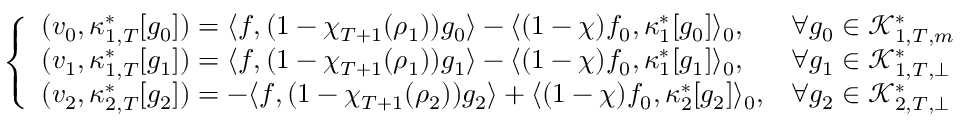
\left\{ \begin{array} { l l } { ( v _ { 0 } , \kappa _ { 1 , T } ^ { * } [ g _ { 0 } ] ) = \langle f , ( 1 - \chi _ { T + 1 } ( \rho _ { 1 } ) ) g _ { 0 } \rangle - \langle ( 1 - \chi ) f _ { 0 } , \kappa _ { 1 } ^ { * } [ g _ { 0 } ] \rangle _ { 0 } , } & { \forall g _ { 0 } \in \mathscr K _ { 1 , T , m } ^ { * } } \\ { ( v _ { 1 } , \kappa _ { 1 , T } ^ { * } [ g _ { 1 } ] ) = \langle f , ( 1 - \chi _ { T + 1 } ( \rho _ { 1 } ) ) g _ { 1 } \rangle - \langle ( 1 - \chi ) f _ { 0 } , \kappa _ { 1 } ^ { * } [ g _ { 1 } ] \rangle _ { 0 } , } & { \forall g _ { 1 } \in \mathscr K _ { 1 , T , \perp } ^ { * } } \\ { ( v _ { 2 } , \kappa _ { 2 , T } ^ { * } [ g _ { 2 } ] ) = - \langle f , ( 1 - \chi _ { T + 1 } ( \rho _ { 2 } ) ) g _ { 2 } \rangle + \langle ( 1 - \chi ) f _ { 0 } , \kappa _ { 2 } ^ { * } [ g _ { 2 } ] \rangle _ { 0 } , } & { \forall g _ { 2 } \in \mathscr K _ { 2 , T , \perp } ^ { * } } \end{array} \right.